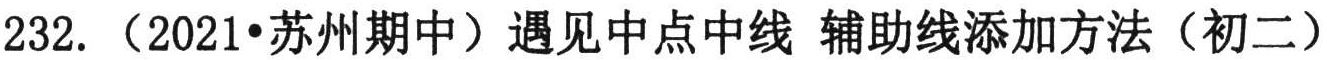
232.（2021•苏州期中）遇见中点中线 辅助线添加方法（初二）